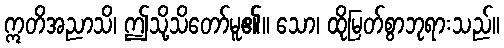
ဣတိအညာသိ၊ ဤသို့သိတော်မူ၏။ သော၊ ထိုမြတ်စွာဘုရားသည်။